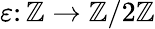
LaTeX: \varepsilon\colon\mathbb{Z}\to\mathbb{Z}/2\mathbb{Z}